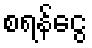
စရန်ငွေ